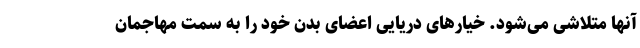
آنها متلاشی می‌شود. خیارهای دریایی اعضای بدن خود را به سمت مهاجمان